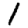
Digit: 1